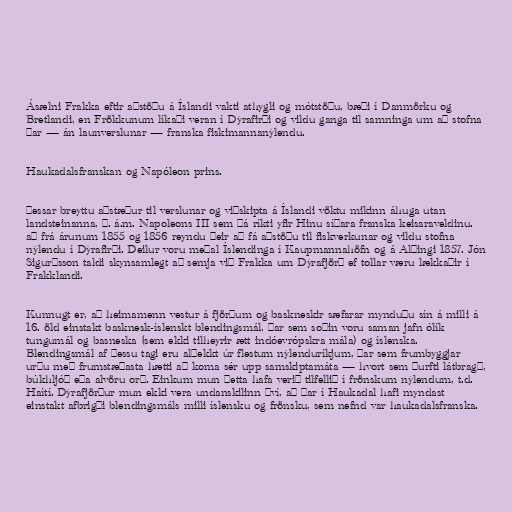
Ásælni Frakka eftir aðstöðu á Íslandi vakti athygli og mótstöðu, bæði í Danmörku og
Bretlandi, en Frökkunum líkaði veran í Dýrafirði og vildu ganga til samninga um að stofna
þar — án launverslunar — franska fiskimannanýlendu.

Haukadalsfranskan og Napóleon prins.

Þessar breyttu aðstæður til verslunar og viðskipta á Íslandi vöktu mikinn áhuga utan
landsteinanna, þ. á.m. Napoleons III sem þá ríkti yfir Hinu síðara franska keisaraveldinu.
að frá árunum 1855 og 1856 reyndu þeir að fá aðstöðu til fiskverkunar og vildu stofna
nýlendu í Dýrafirði. Deilur voru meðal Íslendinga í Kaupmannahöfn og á Alþingi 1857. Jón
Sigurðsson taldi skynsamlegt að semja við Frakka um Dýrafjörð ef tollar væru lækkaðir í
Frakklandi.

Kunnugt er, að heimamenn vestur á fjörðum og baskneskir sæfarar mynduðu sín á milli á
16. öld einstakt basknesk-íslenskt blendingsmál, þar sem soðin voru saman jafn ólík
tungumál og basneska (sem ekki tilheyrir ætt indóevrópskra mála) og íslenska.
Blendingsmál af þessu tagi eru alþekkt úr flestum nýlenduríkjum, þar sem frumbyggjar
urðu með frumstæðasta hætti að koma sér upp samskiptamáta — hvort sem þurfti látbragð,
búkhljóð eða alvöru orð. Einkum mun þetta hafa verið tilfellið í frönskum nýlendum, t.d.
Haítí. Dýrafjörður mun ekki vera undanskilinn því, að þar í Haukadal hafi myndast
einstakt afbrigði blendingsmáls milli íslensku og frönsku, sem nefnd var haukadalsfranska.